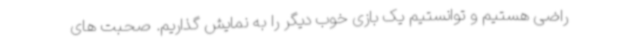
راضی هستیم و توانستیم یک بازی خوب دیگر را به نمایش گذاریم. صحبت های